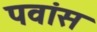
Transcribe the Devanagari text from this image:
पवांस